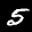
Label: 5